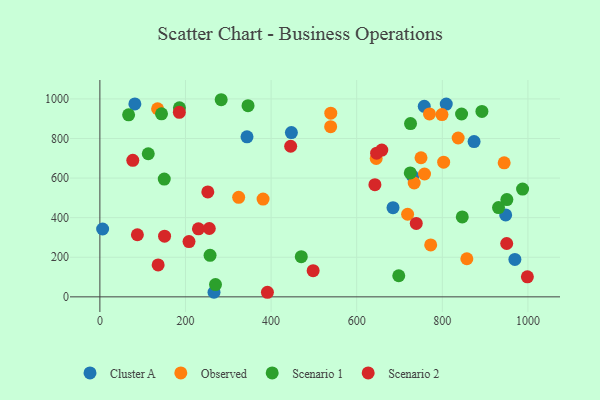
{"axis": {"x": "Price", "y": "Salary"}, "legend": ["Cluster A", "Observed", "Scenario 1", "Scenario 2"], "data": [{"x": "969.5", "y": 189.1, "type": "Cluster A"}, {"x": "447.4", "y": 830.1, "type": "Cluster A"}, {"x": "809.2", "y": 973.9, "type": "Cluster A"}, {"x": "343.7", "y": 808.7, "type": "Cluster A"}, {"x": "948.0", "y": 413.9, "type": "Cluster A"}, {"x": "266.6", "y": 23.3, "type": "Cluster A"}, {"x": "6.4", "y": 342.8, "type": "Cluster A"}, {"x": "684.8", "y": 450.6, "type": "Cluster A"}, {"x": "81.7", "y": 974.9, "type": "Cluster A"}, {"x": "874.2", "y": 784.7, "type": "Cluster A"}, {"x": "757.8", "y": 962.8, "type": "Cluster A"}, {"x": "730.8", "y": 609.3, "type": "Cluster A"}, {"x": "539.1", "y": 859.5, "type": "Observed"}, {"x": "770.0", "y": 924.2, "type": "Observed"}, {"x": "857.3", "y": 192.5, "type": "Observed"}, {"x": "758.4", "y": 620.7, "type": "Observed"}, {"x": "799.2", "y": 920.9, "type": "Observed"}, {"x": "645.5", "y": 698.9, "type": "Observed"}, {"x": "324.2", "y": 502.6, "type": "Observed"}, {"x": "718.9", "y": 417.4, "type": "Observed"}, {"x": "539.4", "y": 927.9, "type": "Observed"}, {"x": "134.8", "y": 950.4, "type": "Observed"}, {"x": "381.2", "y": 494.2, "type": "Observed"}, {"x": "837.0", "y": 802.6, "type": "Observed"}, {"x": "944.5", "y": 676.9, "type": "Observed"}, {"x": "734.3", "y": 575.3, "type": "Observed"}, {"x": "803.1", "y": 680.2, "type": "Observed"}, {"x": "750.2", "y": 702.7, "type": "Observed"}, {"x": "772.8", "y": 262.2, "type": "Observed"}, {"x": "950.8", "y": 491.6, "type": "Scenario 1"}, {"x": "346.1", "y": 966.0, "type": "Scenario 1"}, {"x": "144.0", "y": 924.7, "type": "Scenario 1"}, {"x": "892.5", "y": 936.6, "type": "Scenario 1"}, {"x": "987.5", "y": 544.7, "type": "Scenario 1"}, {"x": "257.4", "y": 209.8, "type": "Scenario 1"}, {"x": "725.7", "y": 875.4, "type": "Scenario 1"}, {"x": "150.4", "y": 595.2, "type": "Scenario 1"}, {"x": "931.3", "y": 451.0, "type": "Scenario 1"}, {"x": "725.1", "y": 626.3, "type": "Scenario 1"}, {"x": "113.0", "y": 723.0, "type": "Scenario 1"}, {"x": "470.5", "y": 203.1, "type": "Scenario 1"}, {"x": "185.9", "y": 954.9, "type": "Scenario 1"}, {"x": "67.1", "y": 919.6, "type": "Scenario 1"}, {"x": "846.6", "y": 403.7, "type": "Scenario 1"}, {"x": "698.2", "y": 106.6, "type": "Scenario 1"}, {"x": "283.4", "y": 995.9, "type": "Scenario 1"}, {"x": "270.1", "y": 62.0, "type": "Scenario 1"}, {"x": "845.0", "y": 923.7, "type": "Scenario 1"}, {"x": "739.1", "y": 371.1, "type": "Scenario 2"}, {"x": "208.2", "y": 279.1, "type": "Scenario 2"}, {"x": "252.1", "y": 530.1, "type": "Scenario 2"}, {"x": "230.2", "y": 343.5, "type": "Scenario 2"}, {"x": "658.6", "y": 741.4, "type": "Scenario 2"}, {"x": "255.6", "y": 345.3, "type": "Scenario 2"}, {"x": "391.4", "y": 23.1, "type": "Scenario 2"}, {"x": "76.9", "y": 689.5, "type": "Scenario 2"}, {"x": "136.1", "y": 161.2, "type": "Scenario 2"}, {"x": "646.5", "y": 725.7, "type": "Scenario 2"}, {"x": "445.7", "y": 760.8, "type": "Scenario 2"}, {"x": "998.7", "y": 101.2, "type": "Scenario 2"}, {"x": "950.4", "y": 269.6, "type": "Scenario 2"}, {"x": "185.6", "y": 932.0, "type": "Scenario 2"}, {"x": "642.5", "y": 566.9, "type": "Scenario 2"}, {"x": "151.1", "y": 306.6, "type": "Scenario 2"}, {"x": "87.6", "y": 313.7, "type": "Scenario 2"}, {"x": "498.2", "y": 132.1, "type": "Scenario 2"}]}